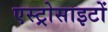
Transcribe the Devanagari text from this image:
एस्ट्रोसाइटों